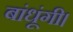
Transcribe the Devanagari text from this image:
बांधूंगी।